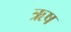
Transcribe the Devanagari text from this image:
ऋष